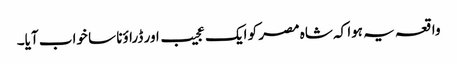
واقعہ یہ ہوا کہ شاہ مصر کو ایک عجیب اور ڈراؤنا سا خواب آیا۔